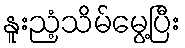
နူးညံ့သိမ်မွေ့ပြီး